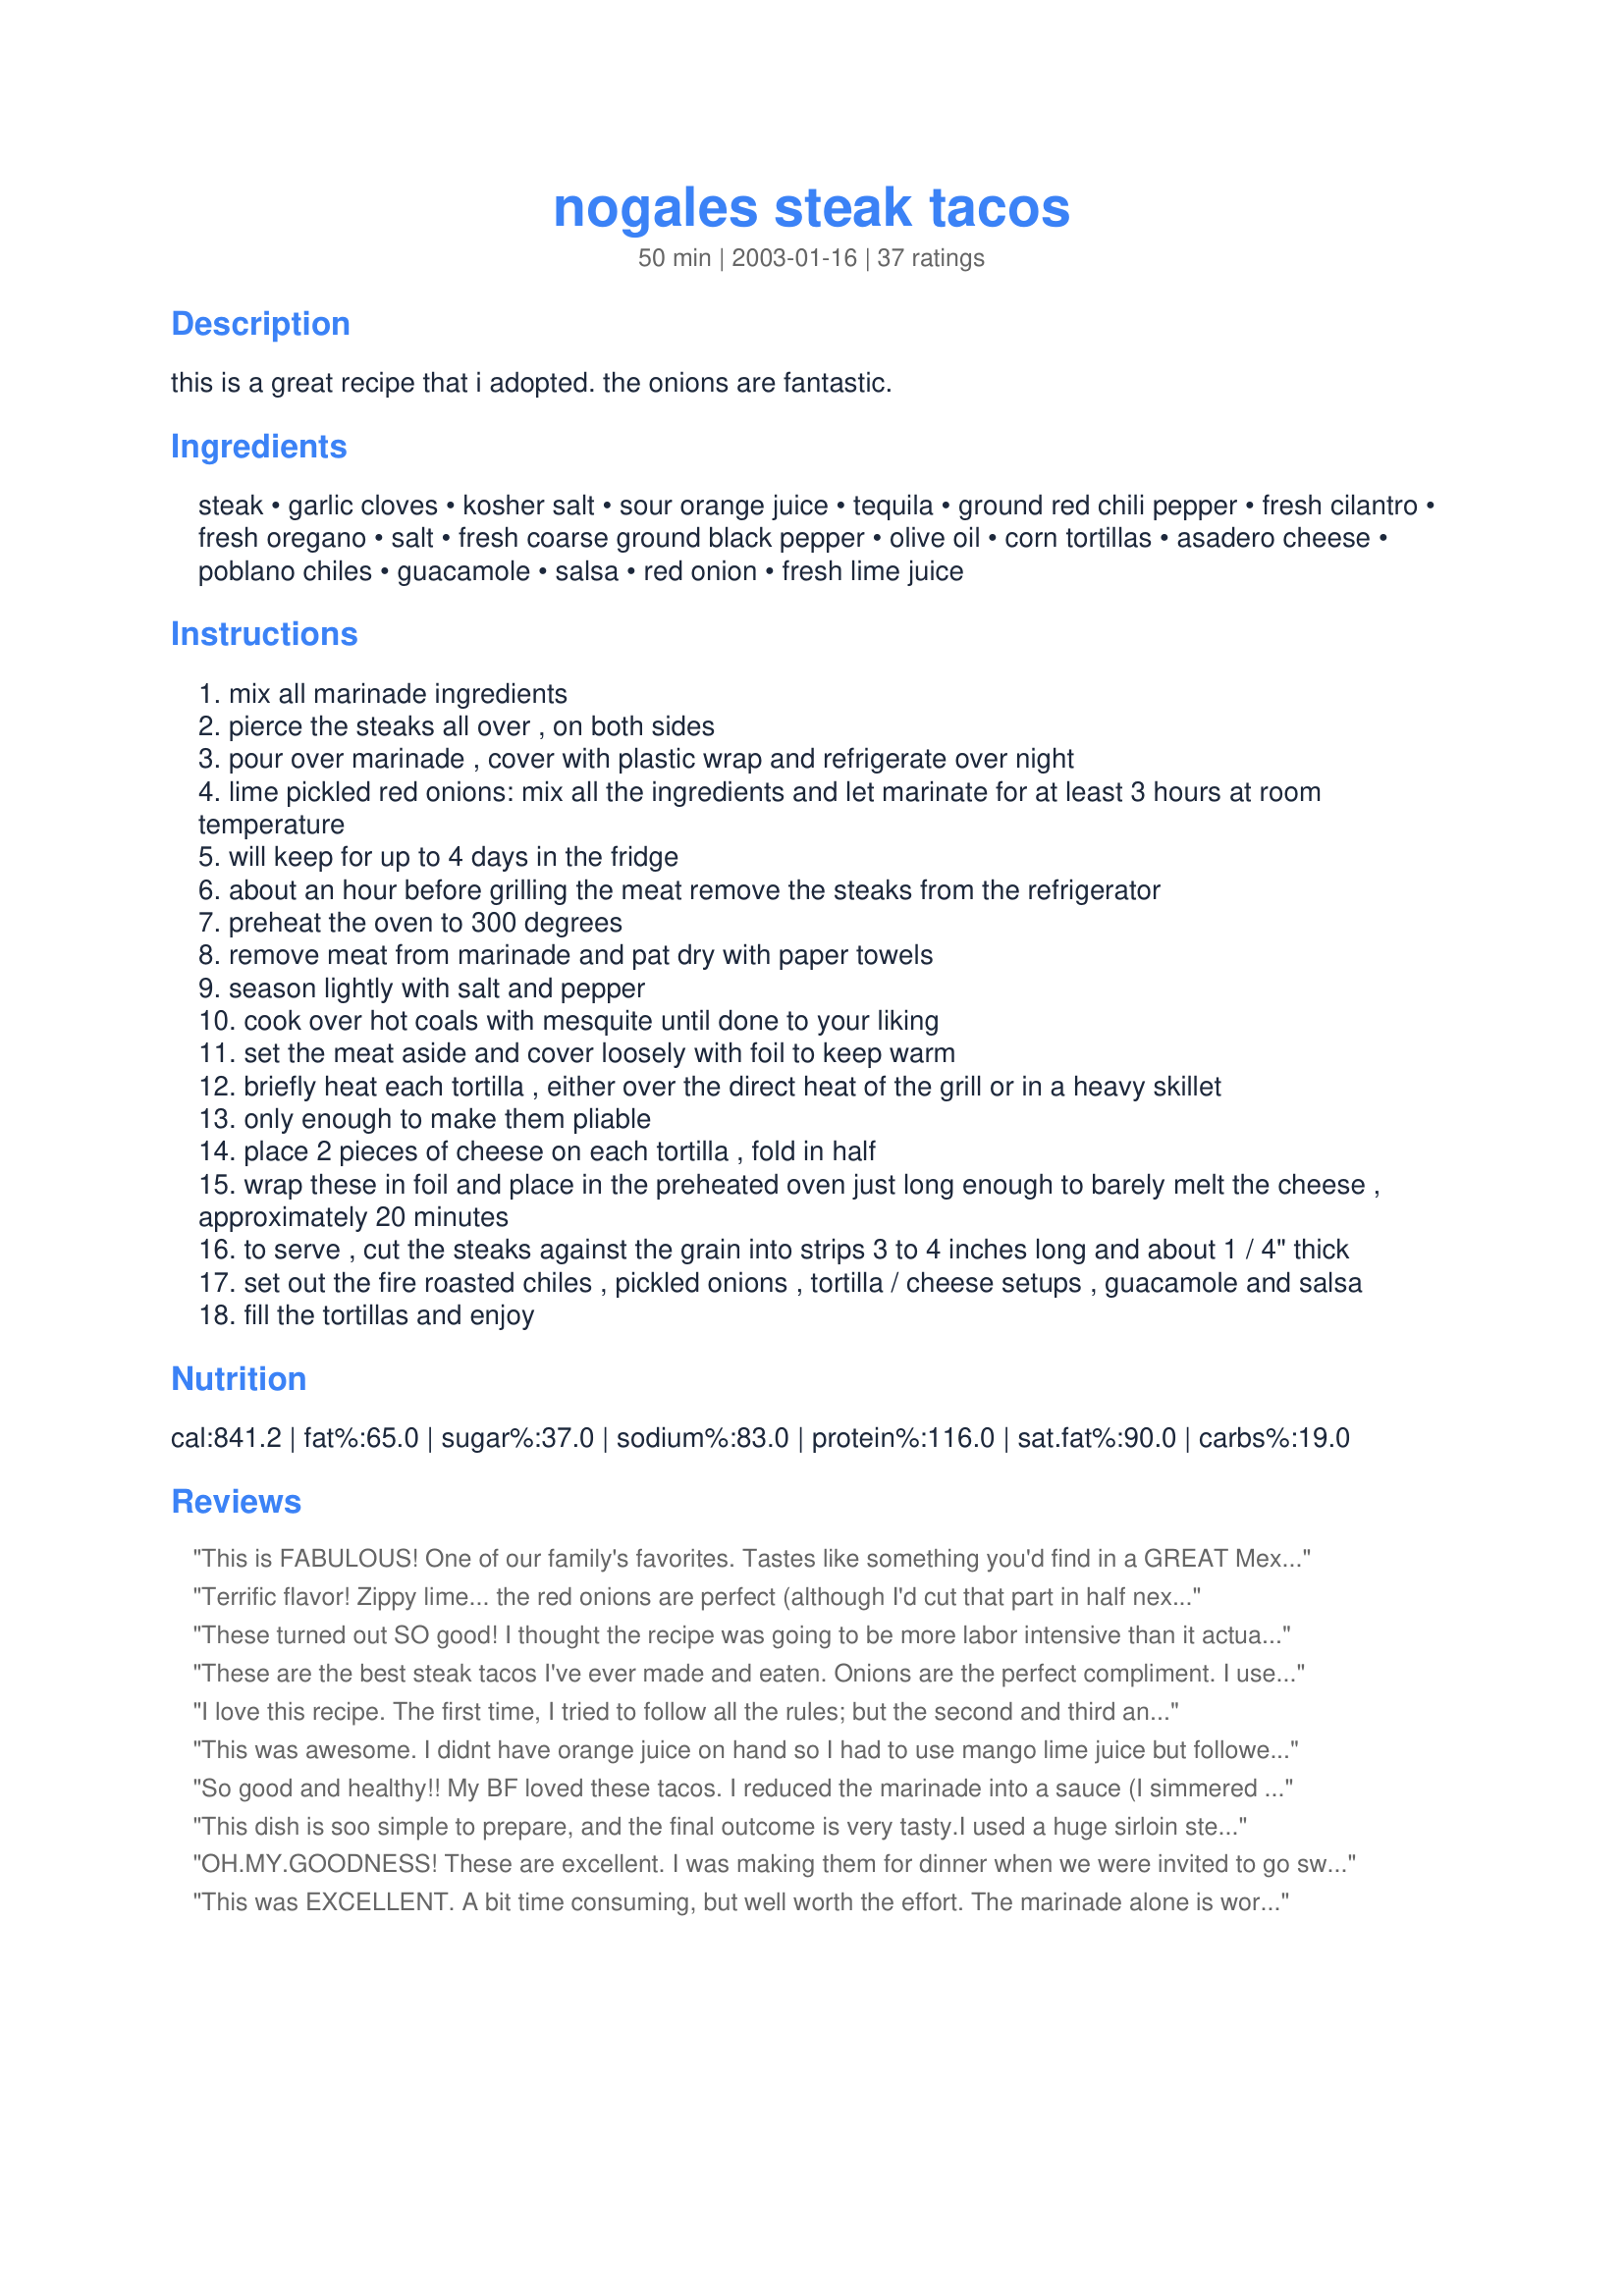
nogales steak tacos
Preparation time: 50 minutes

this is a great recipe that i adopted. the onions are fantastic.

Ingredients:
steak, garlic cloves, kosher salt, sour orange juice, tequila, ground red chili pepper, fresh cilantro, fresh oregano, salt, fresh coarse ground black pepper, olive oil, corn tortillas, asadero cheese, poblano chiles, guacamole, salsa, red onion, fresh lime juice

Steps:
mix all marinade ingredients
pierce the steaks all over , on both sides
pour over marinade , cover with plastic wrap and refrigerate over night
lime pickled red onions: mix all the ingredients and let marinate for at least 3 hours at room temperature
will keep for up to 4 days in the fridge
about an hour before grilling the meat remove the steaks from the refrigerator
preheat the oven to 300 degrees
remove meat from marinade and pat dry with paper towels
season lightly with salt and pepper
cook over hot coals with mesquite until done to your liking
set the meat aside and cover loosely with foil to keep warm
briefly heat each tortilla , either over the direct heat of the grill or in a heavy skillet
only enough to make them pliable
place 2 pieces of cheese on each tortilla , fold in half
wrap these in foil and place in the preheated oven just long enough to barely melt the cheese , approximately 20 minutes
to serve , cut the steaks against the grain into strips 3 to 4 inches long and about 1 / 4" thick
set out the fire roasted chiles , pickled onions , tortilla / cheese setups , guacamole and salsa
fill the tortillas and enjoy

Reviews:
This is FABULOUS! One of our family's favorites. Tastes like something you'd find in a GREAT Mexican restaurant. Yes, it takes a little more preparation. But it's absolutely worth it. The marinade is very bold and might be a little much for just steaks, but in these tacos, it's perfect and really 10 steps above the normal steak taco. The marinaded steak is also wonderful in a steak salad with blue cheese or ranch dressing. I can't say enough good about this recipe. Our family uses monterey jack and skips the chiles, just our preference. But whatever you do, don't skip the lime onions. They're perfect in these tacos.
Terrific flavor! Zippy lime... the red onions are perfect (although I'd cut that part in half next time because there was a lot of onion leftovers). Too much snow, broiled these inside. Skipped the tortilla cheese steps completely. Served steak on warm corn tortillas with the red onion & guacamole. Nothing else was needed- it had a lot of flavor on it's own. Thanks!
These turned out SO good! I thought the recipe was going to be more labor intensive than it actually was. Super easy and delicious! This is a new favorite around here. Thanks!
These are the best steak tacos I've ever made and eaten. Onions are the perfect compliment. I use jalapeno peppers and cayenne pepper since I really like the heat. The steak flavor is awesome. Don't forget the tequila. Fantastic recipe..Thanks
I love this recipe. The first time, I tried to follow all the rules; but the second and third and fourth times, I made some adjustments. I used flour shells. I used regular concentrated orange juice along with the lime juice. No tequila and I didn't do the whole melt the cheese in the oven bit. I just put everything in the tortilla at the table. I also used thin sliced steak--it doesn't take as long to cook, and it looks like fajita meat. I know it doesn't sound like I followed any of the directions, but the marinades for the meat and the pickled onions are out of this world.
This was awesome. I didnt have orange juice on hand so I had to use mango lime juice but followed the rest of the recipe. The meat had a great flavor and was very tender. I used left over steak in a salad the next day for work.
So good and healthy!! My BF loved these tacos. I reduced the marinade into a sauce (I simmered and boiled the sauce until the sauce thickened with a 1-2 tbl of cornstarch) and served a little sauce on top of the tacos. Thank you for this recipe.
This dish is soo simple to prepare, and the final outcome is very tasty.I used a huge sirloin steak and just marinated it about 7 hours and grilled it on my George, it turned out perfectly tender.The onions are yummy.We all loved it.
OH.MY.GOODNESS! These are excellent. I was making them for dinner when we were invited to go swimming at a friend's house. Well, I offered to bring dinner cuz it was ready to cook. Everyone loved them and couldn't get enough...I was hoping for enough leftovers for my lunch the following day, but they were devoured (even by my 3 yo). The only changes I made were to the onions...I added a split serrano pepper and a clove of cracked garlic. YUMMY! and Thank you for a wonderful recipe.
This was EXCELLENT. A bit time consuming, but well worth the effort. The marinade alone is worth trying. I stole a few nibbles of steak as my hubby was slicing it up, and the flavor was just amazing. We used London Broil, and with this marinade, it was tender and flavorful. I can tell that whether or not we make tacos, we will be making this marinade again and again.
This recipe is most definately restaurant quality in my opinion. The marinade for the meat seasoned it wonderfully, and the pickled onions were excellant. I used two NY Strip Steaks, and followed the recipe to the letter, with the exception of using flour tortillas in place of the corn tortillas, just a personal preference. Thanks Meanie!
Neither DD or I tend to like onions unless they are cooked, however we both liked these marinated onions. I used low carb tortillas and low fat sour cream. Still they were delicious. Going to use the left overs tomorrow and maybe try throwing the tortillas on the grill and crisp them up to see how they are that way. Thanks for the recipe!
This IS really great. I loved the onions and I can't wait to try them as a side to something else. Even the non-onion-eater ate MY onions. I used fresh cilantro and oregano, mexican chili pods and queso fresco. I used flank steak and marinated for 6 hours. The flavor was awesome...so much so that I felt the other ingredients sort of over powered the delicious meat. I ate some of the meat by itself so I could really enjoy the flavor. Delicious recipe! This can be a taco recipe, onion recipe or steak marinade...lots of options.
Absolutely fantastic steak tacos, loved them.
Awesome!! I looked for Seville oranges but had no luck so I used the orange/lime combo. The lime pickled onions were the perfect accompaniment to the steak. I am so glad I tried this very original recipe, thank you for sharing it.
I liked this recipe very much. My BH loved the steak, very very tender. We used a NY strip (1 1/4" thick), poked holes to marinade, then grilled whole 20 minutes. I agree with Pismo, not as complicated as it seems. I preferred the flour tortillas, tried both ways. I also used Manchego cheese, very nice. My BH enjoyed the onions. I personally can't eat raw onions, but enjoyed all the rest. Will be doing this one again as a "special" taco.
These are the best tacos I have ever had anywhere, ever. As a personal preference, I cut the ancho powder and tequila in half and added red pepper flakes. Although I thought the onions were delicious, thought they distracted from the yummy goodness of the steak. I don't think I will make tacos or fajitas any other way, ever, and I make Mexican a lot!
Not nearly as complicated as it looks. Very, very good. The pickled onions are wonderful with the steak and the steak was incredibly tender. Definitely a keeper. Thanks so much for posting.
Can I rate only the pickled onions? They were worthy of 5,000 stars..I added some chopped tomatoes and had the freshest tasting pico ever! After the onions marinated, I added some boiled shrimp and cubed avocado, which we ate with chips...this recipe was so easy and versatile! I will try the whole recipe soon. Thanks for posting!
Delicious Steak!!! I also made the onions, but unfortunately all I had on hand was white onions, so I did not display them in the picture I submitted. Very good, and quite easy to prepare!
OH.....MY.....GOD. Terrific I used a cut of flank steak and never has such a cheap piece of meat tasted so good. I used the canned chilis but next time I will definitley roast fresh ones. The pickled onions added just the right zing.
holy cow! this recipe is so yummy! i used only 1 lbs. beef that i thinly sliced before marinating. i only used a splash of o.j. and lime juice, but used a bit more tequila. i always sub fresh parsley for the cilantro (personal pref). i marinated for about 3 hrs. and it was extremely flavorful! sauteed in a pan with some red onions, serrano peppers, and garlic. the pickled onions are a must for these tacos...or any tacos for that matter! i added some garlic and serrano peppers to the onion mixture. used grated cojia cheese and homemade guac as additional toppings. served with rice and beans. this is a real keeper. thanks for giving me such a great recipe to make time and time again!!!
The flavor combination of the steak will all the fixings is outstanding. Great party food.
I just made this for dinner with the following variations. I used cubed lamb that I marinated overnight. I placed the lamb in an oven-proof dish, added 1/2 cup water and cooked at 160 Degrees C for 3 hours covered. We then had this with roasted vegetables wrapped in soft tortilla - it was sensational! Thank you for a wonderful recipe.
I really liked this recipe, especially the onions. But not everyone loved the flavor of the meat. But overall a good recipe.
Most excellent flavor on the steak! I was not too impressed by the asadero cheese, so next time I will use monteray jack.
I would like to start by saying that this is one of those recipes that will your family and friends applauding and begging for more. I followed the recipe exactly (including having to send my husband to the store a few times for forgotten ingredients) I marinaded a little over 24 hours and threw the steaks on the grill. It was an absolute awesome aroma. I also made all the suggested sides including the lime pickled onions and it really took the whole dish over the top. My husband who is not an onion fan could not stop ranting about how good the onions were. My kids are already asking when I will be making it again. Only thing that was different was I used flour tortillas as I skipped over that they should be corn tortillas. You made me look really good! Thanks
I am giving this 5 stars, as I had to make many substitutions and this still turned out quite good. I used round steak, regular peppers, skipped the poblano chiles and used regular flour tortillas--I am sure if you followed this to the letter, it would be to die for.
Perfect! I grilled these at a family beach picnic yesterday and every carnivore there went nuts for them. The one herbivore went nuts for the pickled onions wrapped in tortillas with other veggie goodies. I grilled the poblano chilies with the steak, and it worked beautifully. Served with chopped avocadoes, rinsed black beans, and lime quarters. I can't wait to make them again....thanks so much for such a delicious recipe!
This was awesome. I was afraid the end result would not live up to the delicious aromas of the marinade and meat cooking. My guests loved it and everyone wanted the recipe. My intention was to follow the recipe exactly. However, I didn't calculate correctly how many limes I would need for the amount of meat I was using. I put the rinds, sliced, into the marinade to make up for the difference. Also, t-bones were on sale so I used those. The onions and poblanos are a must (as is the mesquite). It seemd a little time cosuming but HIGHLY worth the effort. I do think it would get quicker the more you made it-and you will want to make it often!
Very Very good! I made some changes (out of necessity) but I wll definitely try this again when I am able to find all ingredients exactly. I could not find Seville Oranges (I even went to 3 different markets) So I did the OJ/Lime substitute. I also could not find the Ground Red Chili Pepper (Ancho), So I used some red pepper flakes. (I also looked for this in 3 places. Could you recommend a substitute for that?) I will keep my eye out for these 2 in the future. Either way with these changes, I stuck close to the recipe, and marinated them all night. I will try different steaks too. Very good, got thumbs up by all family members!!
We loved these! Very fresh tasting soft tacos. I used the orange juice + lime juice and omitted the tequila (not by choice, the liquor store was closed). I did not have Ancho chili pepper so I used regular ground chili pepper and added a dash of liquid smoke to the marinade. Next time I will eliminate the 2 t. salt as they were just a bit too salty for our taste. We didn't feel like firing up the grill so I grilled the steak in my grill pan on the stove. The steak turned out perfectly and was very tender. I offered my guests all the suggested toppings plus chopped fresh cilantro, chopped tomato, and sour cream. The onions were very good...the lime juice really mellows them out. I did skip the step about putting the cheese on the tortilla and then melting in the oven...we just sprinkled the shredded monterey jack cheese as we each "built" our tacos. Great recipe! Thank you, we will be making these again.
I want to eat these all day everyday. So delicious and perfect. The meat is TDF all on it's own with the fabulous marinade -- admittedly getting all the ingredients for it is a chore though it's worth it -- I had never even heard of Seville oranges until now -- but then you throw it in a tortilla with all the extras and WOW. Definitely one of my Zaar faves now. The lime-pickled onions are sooooooo good on this -- the perfect touch.
Wow! The meat was soooo good! The onions were soooo good! These have got to the TASTIEST steak tacos that we've ever eaten! An absolute superb combination of flavors! I can't wait to try the marinade on chicken. The only changes that I made were that I used tri tip steak for the meat, reduced the amount of salt by 1 tsp, and omitted the chiles. The corn tortillas cracked on the fold while heating in the oven. I guess they weren't fresh enough. Next time I will just heat the tortillas and keep them flat and grate the cheese instead of melting it. Thanks Mean Chef, this recipe will go into our regular meal rotation!
This was beyond good!!!! We used NY steaks - and flour tortillas - made everything else (inc. the outrageous onions) - This was LOVED/ADORED/DEVOURED by the 5 of us (a toddler, a kid, a teen and 2 adults). I made these up before we took our RV down to Mexico - then grilled them up the 1st night, while watching the sun set over the ocean and a margarita in hand - perfect food - the best on zaar! Can't wait to make it again.
This is SO good!! I accidentally got pepper jack instead of regular jack, so we subbed cheddar. I also didn't realize our avocado was overripe, so we didn't have guacamole. Everything else was done exactly as instructed in the recipe. I even roasted my own poblanos (and I wouldn't ever make this recipe without them, they really do add something amazing).
I'd be lying if I said this recipe wasn't a pain in the butt, but it is definitely worth it!!
Thanks!
My husband love beef tacos, however, when I made these he was totally impressed. I did everything except add tequila, but I will add it next time. Thanks foodmama!
